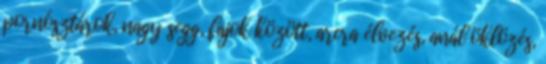
pornósztárok, nagy segg, fajok között, arcra élvezés, anál öklözés,